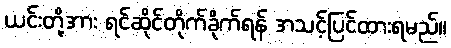
ယင်းတို့အား ရင်ဆိုင်တိုက်ခိုက်ရန် အသင့်ပြင်ထားရမည်။